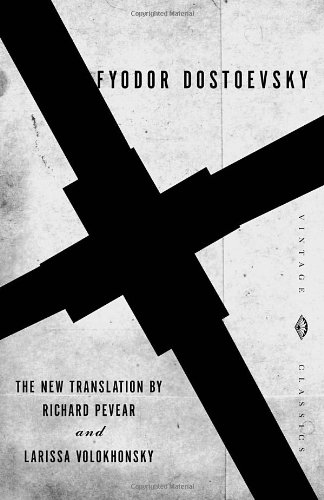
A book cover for The Idiot (Vintage Classics); Fyodor Dostoevsky; Literature & Fiction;